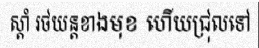
ស្តាំ រថយន្តខាងមុខ ហើយជ្រុលទៅ